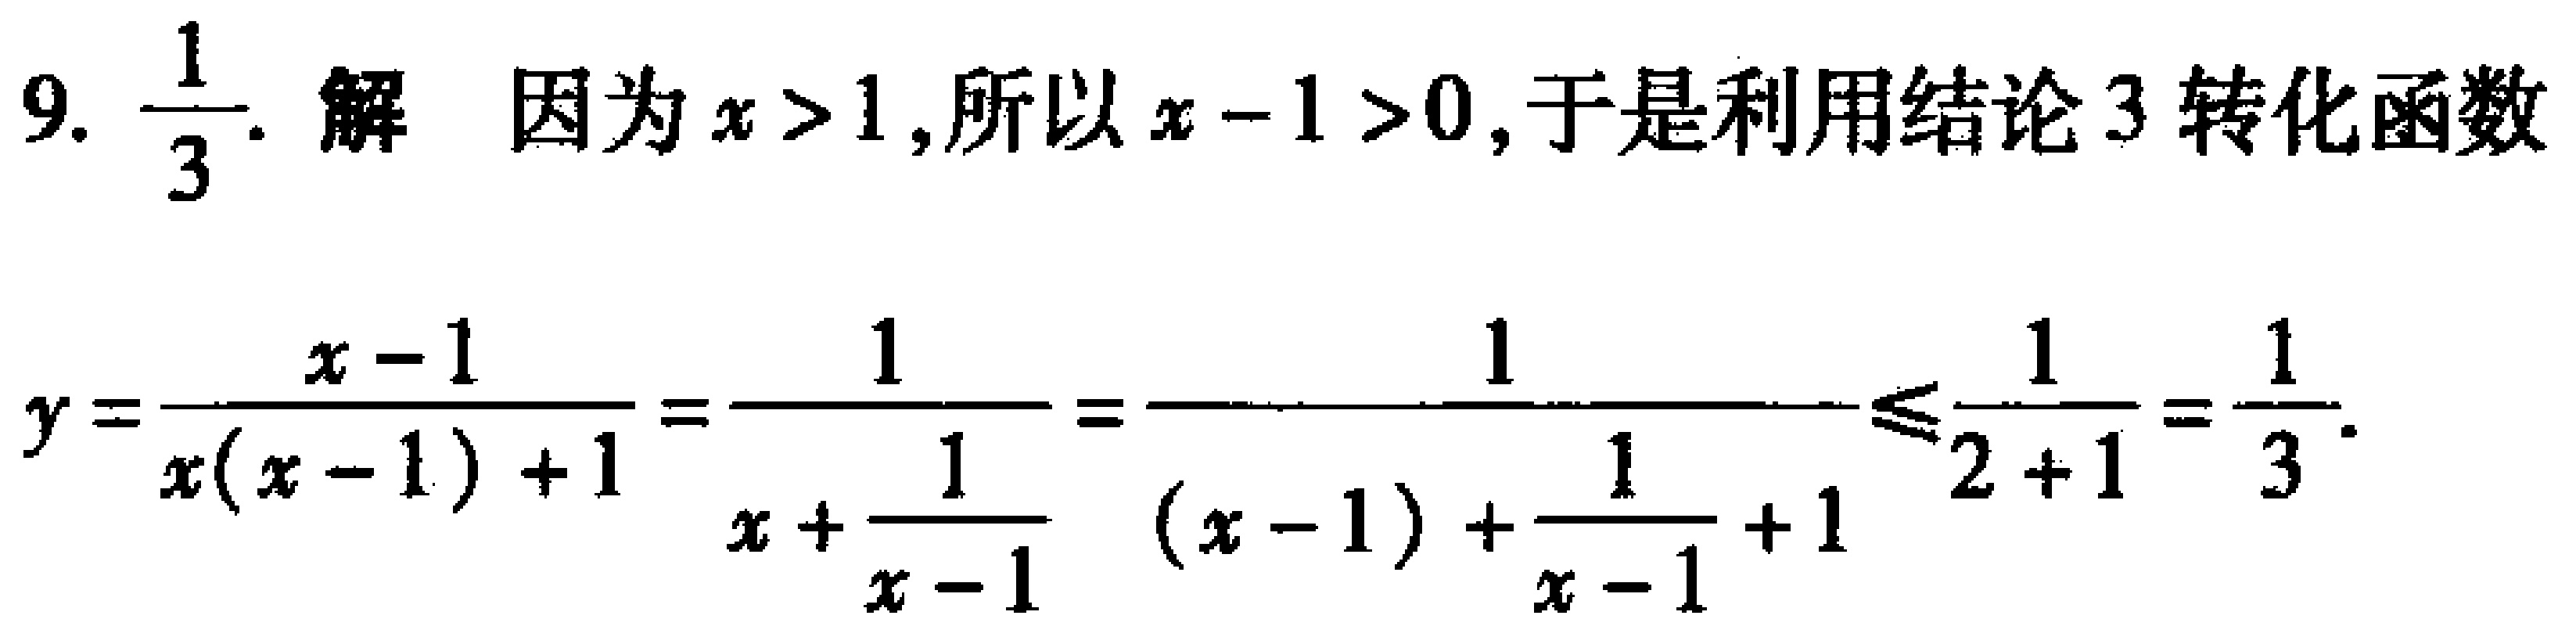
9. $\frac{1}{3}$. 解 因为$x > 1$,所以$x - 1 > 0$,于是利用结论3转化函数

\[

y=\frac{x - 1}{x(x - 1)+1}=\frac{1}{x+\frac{1}{x - 1}}=\frac{1}{(x - 1)+\frac{1}{x - 1}+1}\leqslant\frac{1}{2 + 1}=\frac{1}{3}.

\]